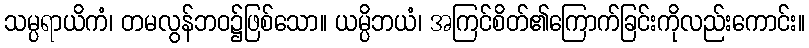
သမ္ပရာယိကံ၊ တမလွန်ဘဝ၌ဖြစ်သော။ ယမ္ပိဘယံ၊ အကြင်စိတ်၏ကြောက်ခြင်းကိုလည်းကောင်း။